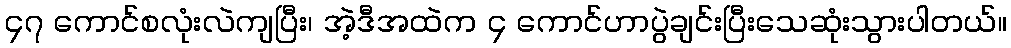
၄၇ ကောင်စလုံးလဲကျပြီး၊ အဲ့ဒီအထဲက ၄ ကောင်ဟာပွဲချင်းပြီးသေဆုံးသွားပါတယ်။